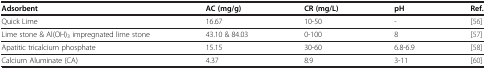
| Adsorbent | AC (mg/g) | CR (mg/L) | pH | Ref. |
 | --- | --- | --- | --- | --- |
 | Quick Lime | 16.67 | 10-50 | - | [56] |
 | Lime stone & Al(OH)3 impregnated lime stone | 43.10 & 84.03 | 0-100 | 8 | [57] |
 | Apatitic tricalcium phosphate | 15.15 | 30-60 | 6.8-6.9 | [58] |
 | Calcium Aluminate (CA) | 4.37 | 8.9 | 3-11 | [60] |